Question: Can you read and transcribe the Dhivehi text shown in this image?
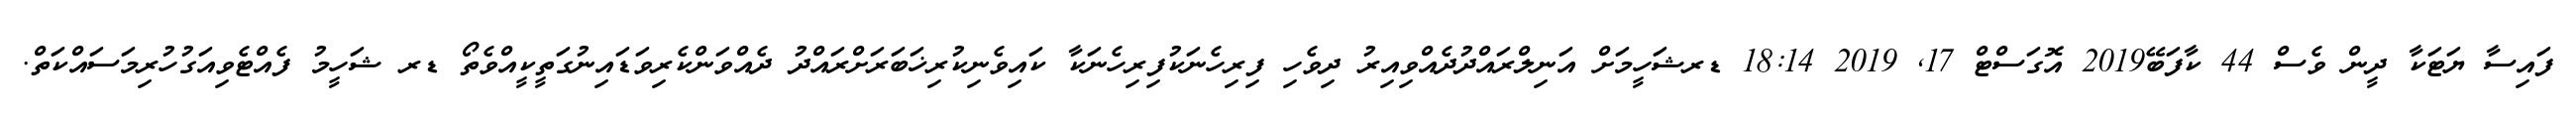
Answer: ފައިސާ ޔަޓަކާ ދީން ވެސް 44 ކާފަބޭ2019 އޮގަސްޓް 17, 2019 18:14 ޑރޝަހީމަށް އަނިލްރައްދުދެއްވިއިރު ދިވެހި ފިރިހެނަކުފިރިހެނަކާ ކައިވެނިކުރިޚަބަރަށްރައްދު ދެއްވަންކެރިވަޑައިނުގަތީކީއްވެތޯ ޑރ ޝަހީމު ފެއްޓެވިއަގުހުރިމަސައްކަތް.